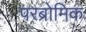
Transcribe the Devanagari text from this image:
परब्रोमिक